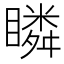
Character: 瞵